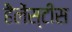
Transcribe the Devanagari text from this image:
हैलेंस्टींस